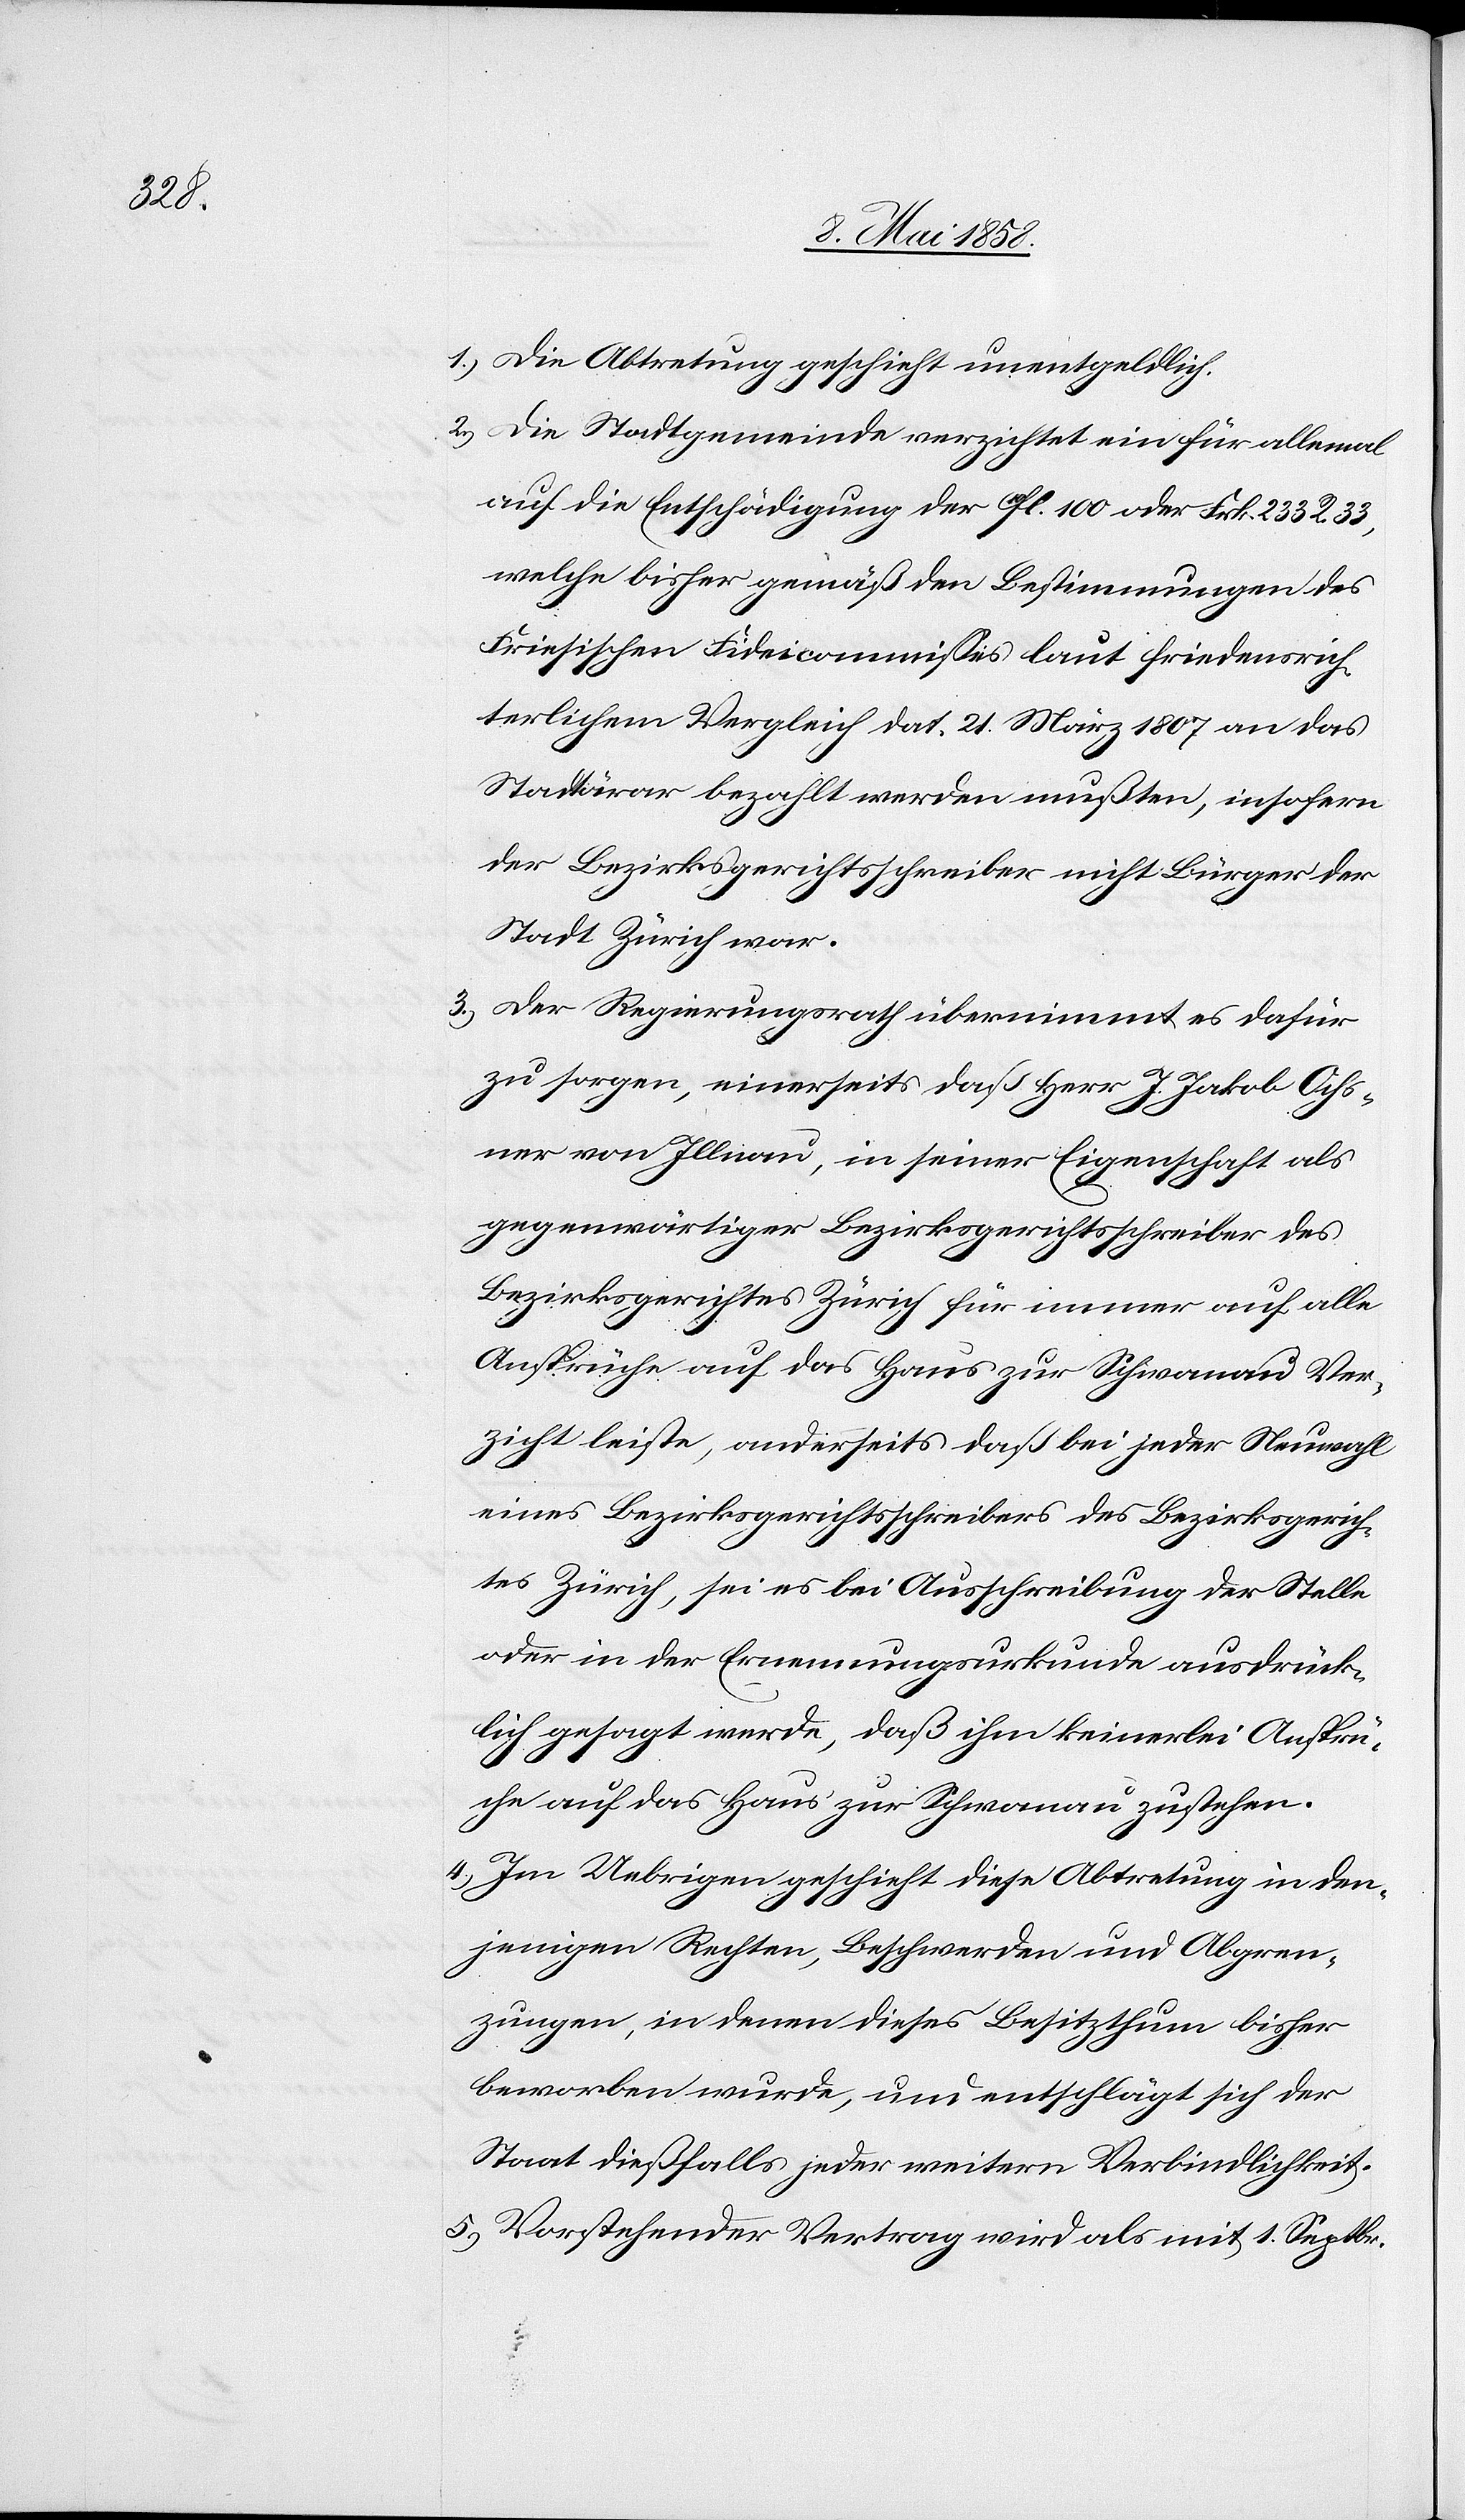
1. Die Abtretung geschieht unentgeldlich.
2. Die Stadtgemeinde verzichtet ein für allemal
auf die Entschädigung der fl. 100 oder Frk. 233 R. 33,
welche bisher gemäß den Bestimmungen des
Friesischen Fideicommisses laut friedensrich¬
terlichem Vergleich dat. 21. März 1807 an das
Stadtärar bezahlt werden mußte, insofern
der Bezirksgerichtsschreiber nicht Bürger der
Stadt Zürich war.
3. Der Regierungsrath übernimmt es dafür
zu sorgen, einerseits das Herr J. Jakob Ochs¬
ner von Illnau, in seiner Eigenschaft als
gegenwärtiger Bezirksgerichtsschreiber des
Bezirksgerichtes Zürich für immer auf alle
Ansprüche auf das Haus zur Schwanau Ver¬
zicht leiste, anderseits daß bei jeder Neuwahl
eines Bezirksgerichtsschreibers des Bezirksgerich¬
tes Zürich, sei es bei Ausschreibung der Stelle
oder in der Ernennungsurkunde ausdrück¬
lich gesagt werde, daß ihm keinerlei Ansprü¬
che auf das Haus zur Schwanau zustehen.
4. Vorstehender Vertrag wird als mit 1. Septbr.